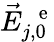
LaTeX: \vec{E}_{j,0}^{\mathrm{~\, ~e~}}